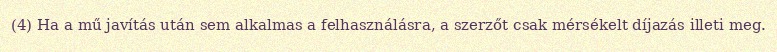
(4) Ha a mű javítás után sem alkalmas a felhasználásra, a szerzőt csak mérsékelt díjazás illeti meg.